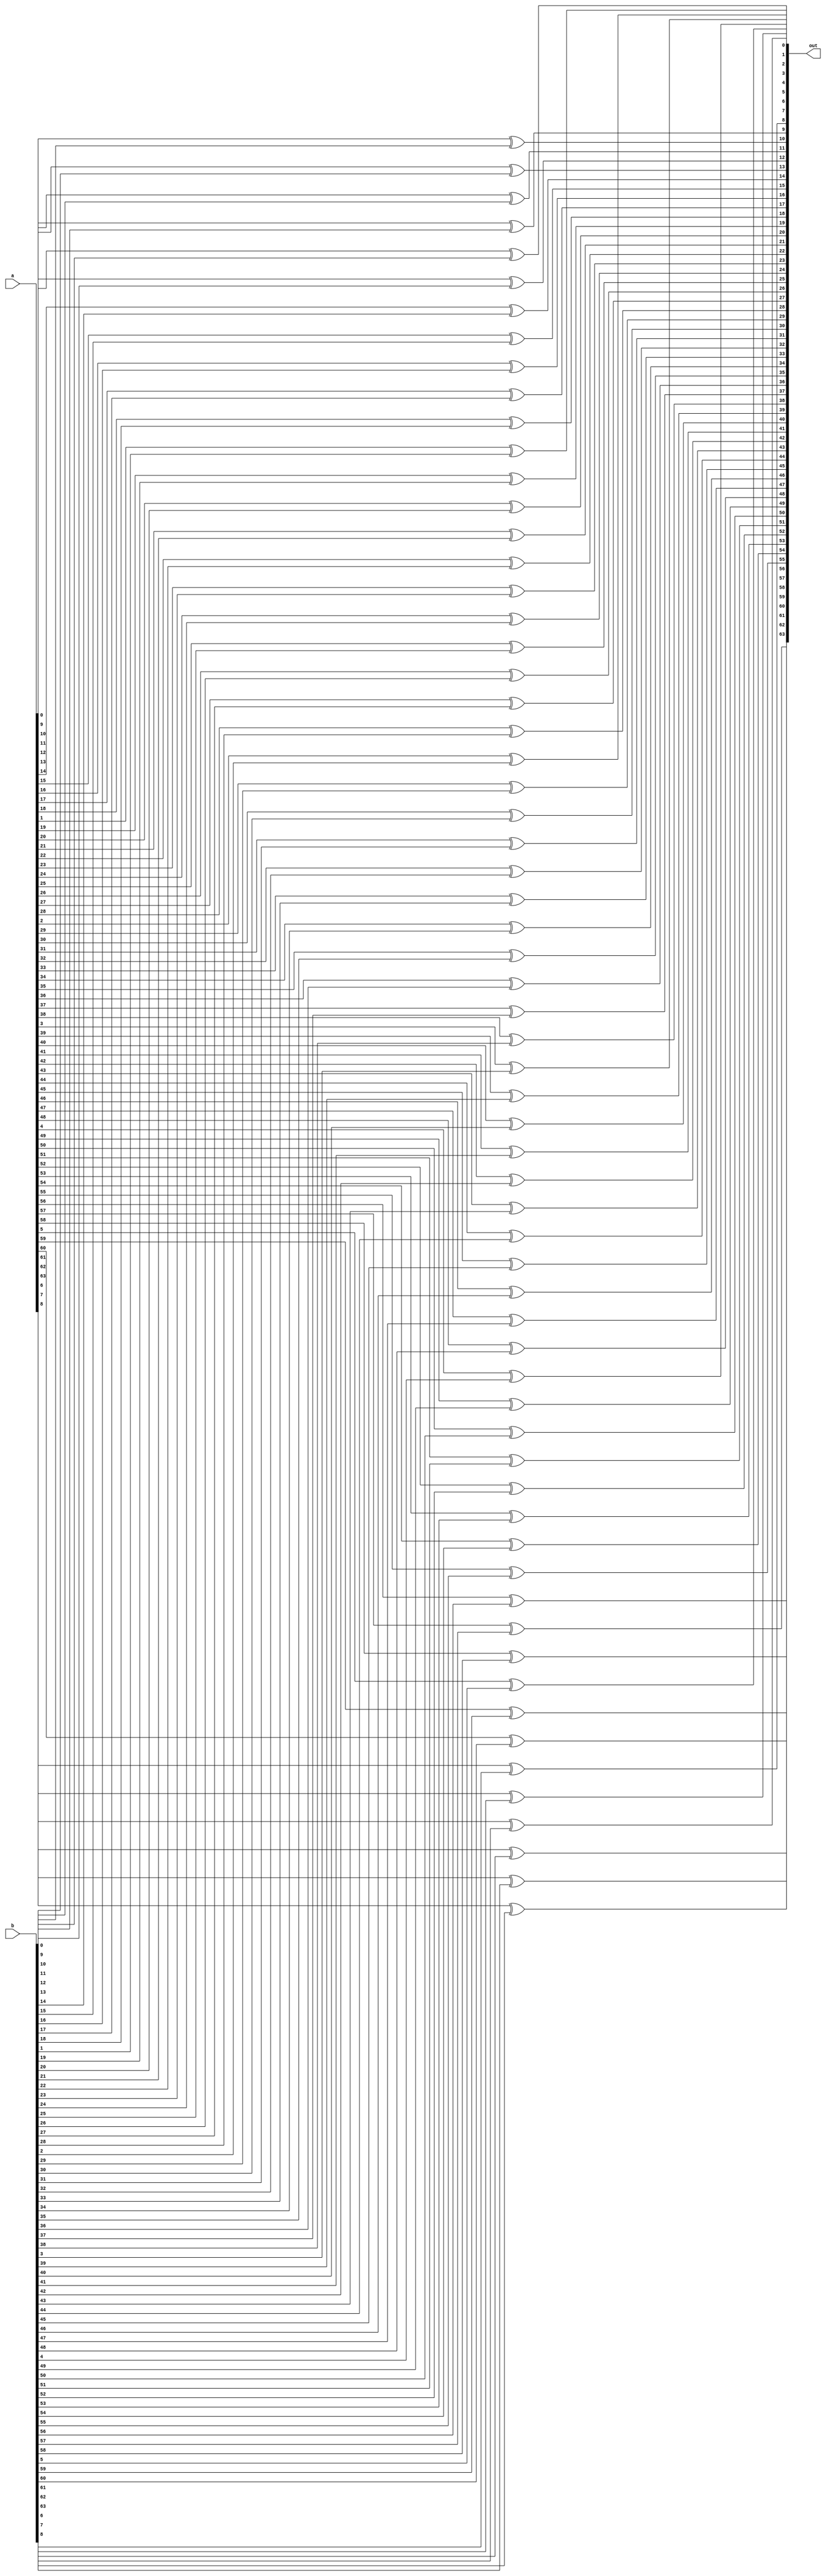
module xor_64(a, b, out);

input [63:0] a,b;
output [63:0] out;

genvar i;
    generate for(i = 0; i < 64; i = i+1) begin
        xor x(out[i], a[i], b[i]);
    end
    endgenerate

endmodule